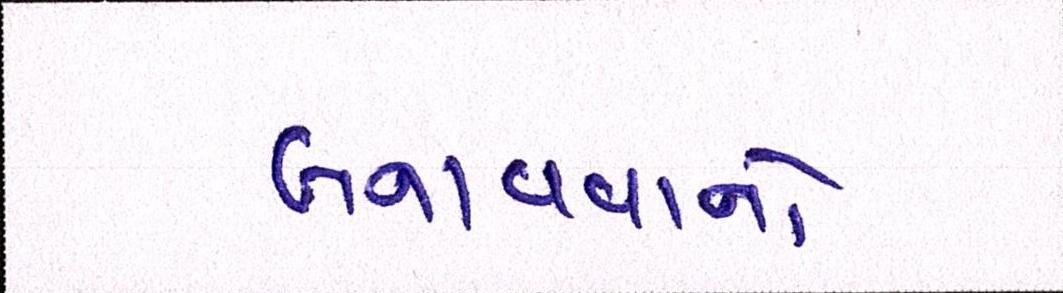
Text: બનાવવાનો